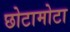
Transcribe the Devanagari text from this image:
छोटामोटा